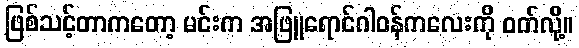
ဖြစ်သင့်တာကတော့ မင်းက အဖြူရောင်ဂါဝန်ကလေးကို ဝတ်လို့။